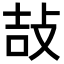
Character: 𢼣